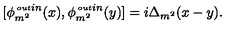
[ \phi _ { m ^ { 2 } } ^ { { \tiny \begin{matrix} { o u t } \\ { i n } \\ \end{matrix} } } ( x ) , \phi _ { m ^ { 2 } } ^ { { \tiny \begin{matrix} { o u t } \\ { i n } \\ \end{matrix} } } ( y ) ] = i \Delta _ { m ^ { 2 } } ( x - y ) .